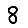
Digit: 8